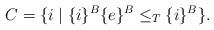
LaTeX: \begin{align*}C = \{i \mid \{i\}^B\{e\}^B\leq_T\{i\}^B \}.\end{align*}